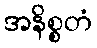
အနိစ္စတံ